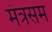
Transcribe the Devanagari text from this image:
मंत्रसम